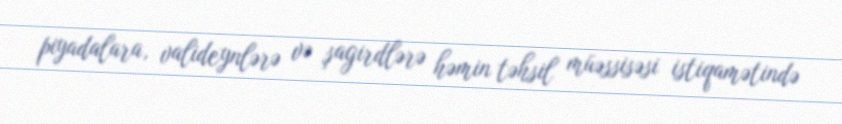
piyadalara, valideynlərə və şagirdlərə həmin təhsil müəssisəsi istiqamətində